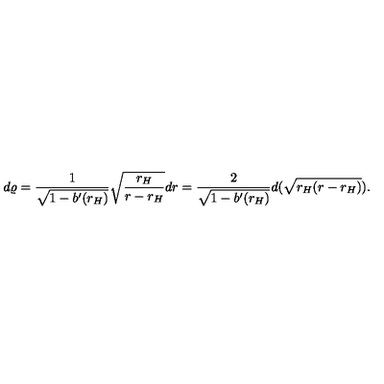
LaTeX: d \varrho = { \frac { 1 } { \sqrt { 1 - b ^ { \prime } ( r _ { H } ) } } } \sqrt { { \frac { r _ { H } } { r - r _ { H } } } } d r = { \frac { 2 } { \sqrt { 1 - b ^ { \prime } ( r _ { H } ) } } } d ( \sqrt { r _ { H } ( r - r _ { H } ) } ) .